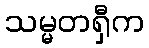
သမ္မတရှီက